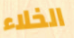
الخلاء